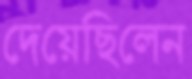
দেয়েছিলেন